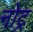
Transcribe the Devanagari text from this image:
नोट्र